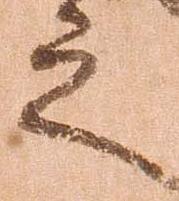
之